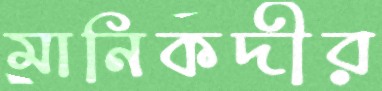
মানিকদীর